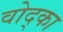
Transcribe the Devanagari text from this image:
वोद्का